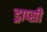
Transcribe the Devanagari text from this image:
ड्राप्सी